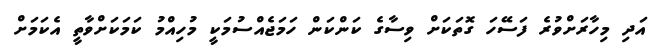
އަދި މިހާރަށްވުރެ ފަސޭހަ ގޮތަކަށް ވިސާގެ ކަންކަން ހަމަޖެއްސުމަކީ މުހިއްމު ކަމަކަށްވާތީ އެކަމަށް